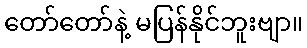
တော်တော်နဲ့ မပြန်နိုင်ဘူးဗျာ။